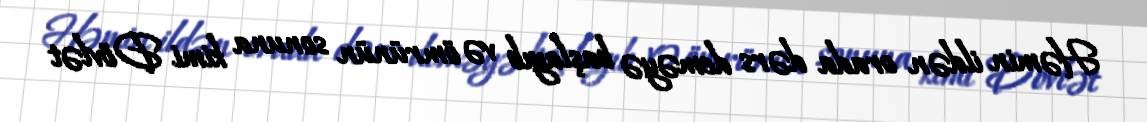
Həmin ildən orada dərs deməyə başlayıb və ömrünün sonuna kimi Dövlət